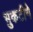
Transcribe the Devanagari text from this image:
भुकटीने